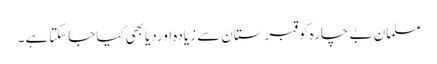
مسلمان بے چارہ کوقبرستان سے زیادہ اوردیابھی کیاجاسکتاہے ۔